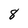
Character: 8